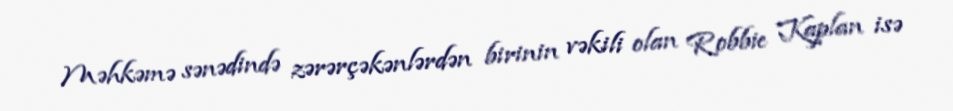
Məhkəmə sənədində zərərçəkənlərdən birinin vəkili olan Robbie Kaplan isə